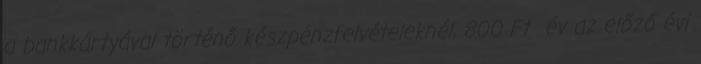
a bankkártyával történő készpénzfelvételeknél, 800 Ft év az előző évi